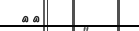
٢٩